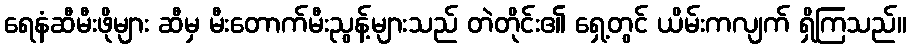
ရေနံဆီမီးဖိုများ ဆီမှ မီးတောက်မီးညွန့်များသည် တဲတိုင်း၏ ရှေ့တွင် ယိမ်းကလျက် ရှိကြသည်။